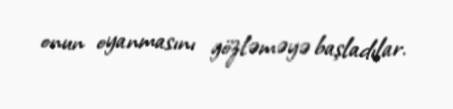
onun oyanmasını gözləməyə başladılar.